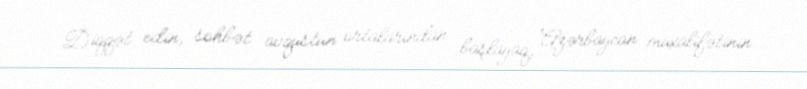
Diqqət edin, söhbət avqustun ortalarından başlayaq, Azərbaycan müxalifətinin